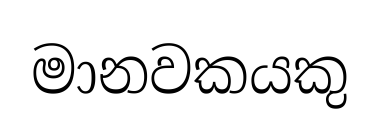
මානවකයකු